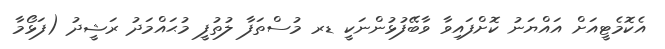
އެކޮމެޓީއަށް އައްޔަނު ކޮށްފައިވާ ވާބޭފުޅުންނަކީ ޑރ މުސްތަފާ ލުތުފީ މުޙައްމަދު ރަޝީދު (ފަޅޯމާ